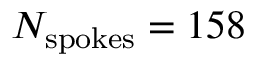
N _ { \mathrm { s p o k e s } } = 1 5 8